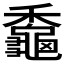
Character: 𪚼